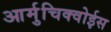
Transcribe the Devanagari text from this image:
आर्मुचिक्वोईस